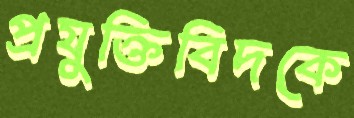
প্রযুক্তিবিদকে